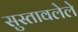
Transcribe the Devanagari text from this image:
सुस्तावलेले